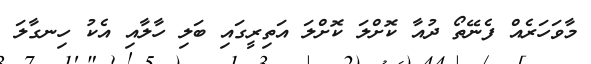
މާވަހަރެއް ފެނޭތޯ ދުއާ ކޮށްލަ ކޮށްލަ އަތިރީގައި ބަލި ހާލާއި އެކު ހިނގާލަ